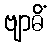
ဗျာဓိံ